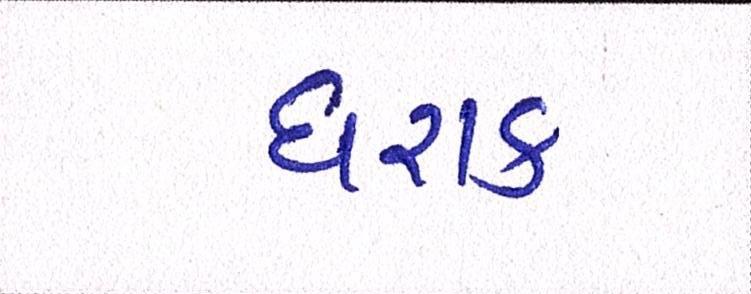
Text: ઘરાક